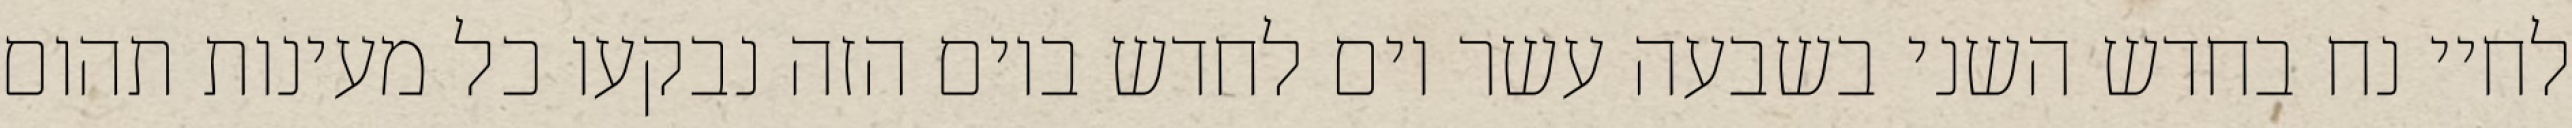
לחיי נח בחדש השני בשבעה עשר יום לחדש ביום הזה נבקעו כל מעינות תהום